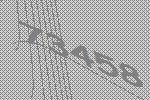
73458